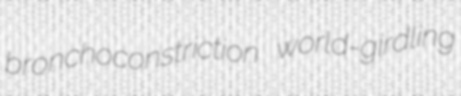
bronchoconstriction world-girdling